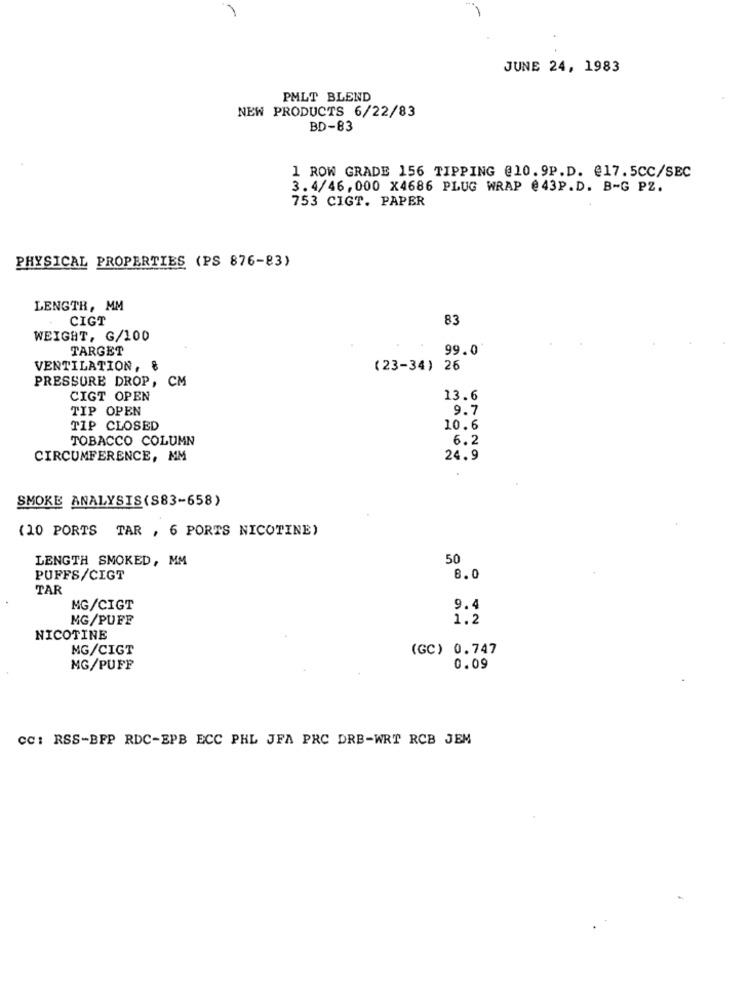
JUNE 24, 1983
PMLT BLEND
NEW PRODUCTS 6/22/83
BD-83
1 ROW GRADE 156 TIPPING @10.9P.D. @17.5CC/SEC
3.4/46,000 X4686 PLUG WRAP @43P.D. B-G PZ.
753 CIGT. PAPER
PHYSICAL PROPERTIES (PS 876-83)
LENGTR, MM
CIGT
83
WEIGHT, G/100
TARGET
99.0
VENTILATION, &
(23-34) 26
PRESSURE DROP, CM
CIGT OPEN
13.6
TIP OPEN
9.7
TIP CLOSED
10.6
TOBACCO COLUMN
6.2
CIRCUMFERENCE, MM
24.9
SMOKE ANALYSIS(S83-658)
(10 PORTS TAR , 6 PORTS NICOTINE)
LENGTH SMOKED, MM
50
PUFFS/CIGT
8.0
TAR
MG/CIGT
9.4
MG/PUFF
1.2
NICOTINE
MG/CIGT
(GC) 0.747
MG/PUFF
0.09
CC: RSS-BFP RDC-EPB ECC PHL JFA PRC DRB-WRT RCB JEM